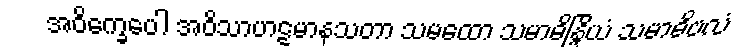
အဝိက္ခေပေါ အဝိသာဟဋမာနသတာ သမထော သမာဓိန္ဒြိယံ သမာဓိဗလံ